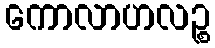
ကောလာဟလဉ္စ